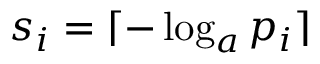
s _ { i } = \lceil - \log _ { a } p _ { i } \rceil